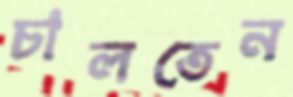
চালতেন